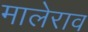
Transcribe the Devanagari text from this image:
मालेराव